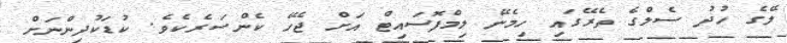
ލޭގެ ހުދު ސެލްގެ ތެރޭގައި ހިމެނޭ ލިމްފޮސައިޓް އަށް ޖެހޭ ކެންސަރެކެވެ. ކުޑަކުދިންނަށް